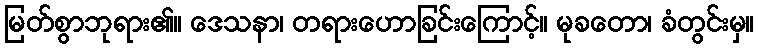
မြတ်စွာဘုရား၏။ ဒေသနာ၊ တရားဟောခြင်းကြောင့်။ မုခတော၊ ခံတွင်းမှ။